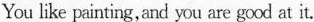
You like painting, and you are good at it.